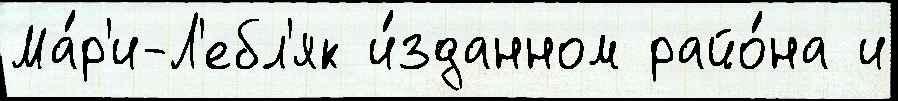
Ма́р'и-Л'ебл'як и́зданном райо́на и